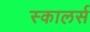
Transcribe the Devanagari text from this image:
स्कालर्स